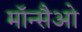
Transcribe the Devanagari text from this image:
मॉन्सैओ